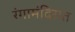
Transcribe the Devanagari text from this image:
रंगामंदिरात